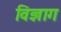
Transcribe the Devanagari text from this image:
विज्ञाग